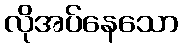
လိုအပ်နေသော